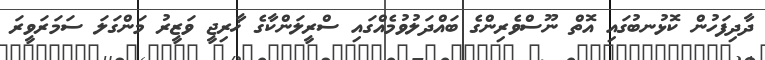
ދާދިފަހުން ކޮޅުނބުގައި އޮތް ނޫސްވެރިންގެ ބައްދަލުވުމެއްގައި ސްރީލަންކާގެ ޚާރިޖީ ވަޒީރު މަންގަލަ ސަމަރަވީރަ